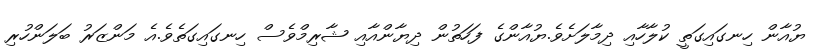
ޔުއާން ހިނގައިގަތީ ކުލާހާއި ދިމާލަށެވެ.ޔުއާންގެ ފަހަތުން ދިޔާންއާއި ޝާރިމްވެސް ހިނގައިގަތެވެ.އެ މަންޒަރު ބަލަންހުރި